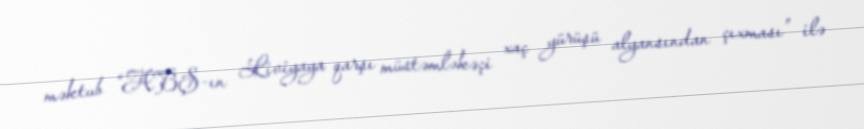
məktub “ABŞ-ın Liviyaya qarşı müstəmləkəçi xaç yürüşü alyansından çıxması” ilə